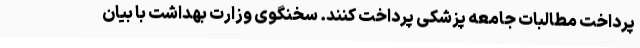
پرداخت مطالبات جامعه پزشکی پرداخت کنند. سخنگوی وزارت بهداشت با بیان